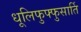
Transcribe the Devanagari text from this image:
धूलिफुफ्फुसार्ति